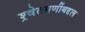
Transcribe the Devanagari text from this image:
श्र्वेतमणींबद्दल